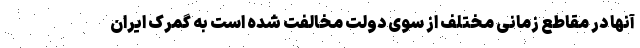
آنها در مقاطع زمانی مختلف از سوی دولت مخالفت شده است به گمرک ایران